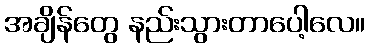
အချိန်တွေ နည်းသွားတာပေါ့လေ။